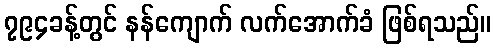
၇၉၄ခန့်တွင် နန်ကျောက် လက်အောက်ခံ ဖြစ်ရသည်။